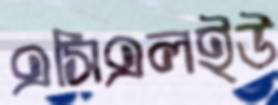
এসিএলইউ